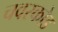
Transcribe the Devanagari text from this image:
चवरकोड